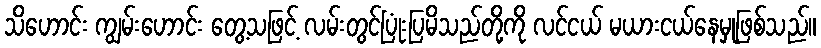
သိဟောင်း ကျွမ်းဟောင်း တွေ့သဖြင့် လမ်းတွင်ပြုံးပြမိသည်တို့ကို လင်ငယ် မယားငယ်နေမှုဖြစ်သည်။